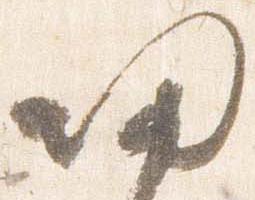
帰